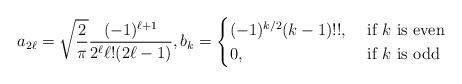
LaTeX: \begin{align*} a_{2\ell}=\sqrt{\frac{2}{\pi}}\frac{(-1)^{\ell+1}}{2^{\ell}\ell!(2\ell-1)},b_{k}=\begin{cases}(-1)^{k/2}(k-1)!!,&\textrm{ if }k\textrm{ is even}\\0,&\textrm{ if }k\textrm{ is odd} \end{cases}\end{align*}